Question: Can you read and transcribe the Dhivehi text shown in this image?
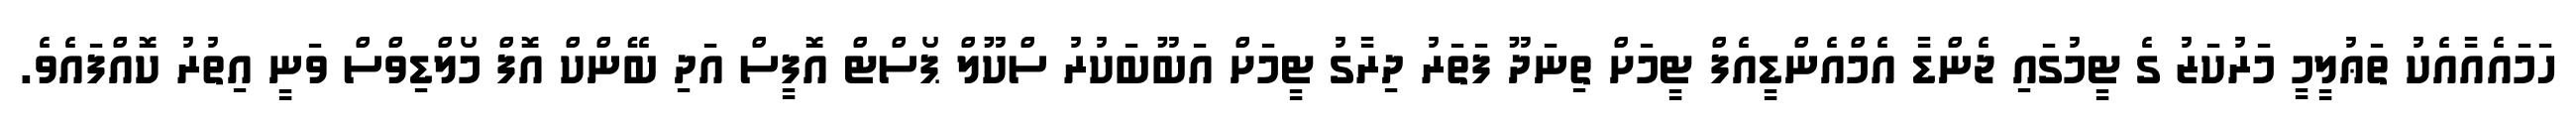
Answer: ހަމައެއާއެކު ތަޢުލީމީ މަރުކަޒު ގެ ޓީމުގައި ޖެންޑާ އެމްއެންޑީއެފް ޓީމަށް ތިނަދޫ ފަތަރު ދިރާގު ޓީމަށް އަބޫބަކުރު ސްކޫލް ޕޯސްޓް އޮފީސް އަދި ބޭންކް އޮފް މޯލްޑިވްސް ވަނީ އިތުރު ކޮއްފައެވެ.